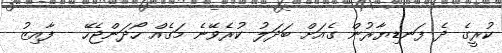
ކުރީގެ ދެ ފަނޑިޔާރުން ގެއަށް ބަދަލު ކުރެވޭނެ މަގެއް ހޯދަންޖެހޭ - ފާއިޒު